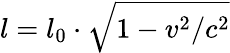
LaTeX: l=l_{0}\cdot{\sqrt{1-v^{2}/c^{2}}}